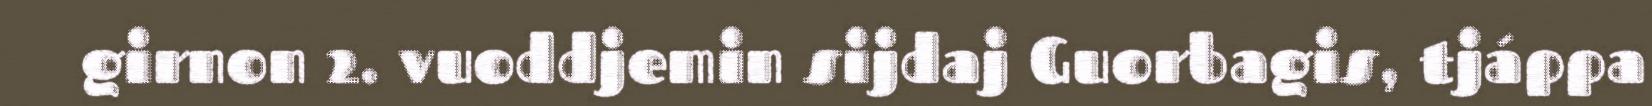
girnon 2. vuoddjemin sijdaj Guorbagis, tjáppa